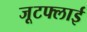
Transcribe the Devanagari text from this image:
जूटफ्लाई